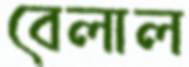
বেলাল